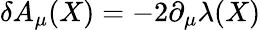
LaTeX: \delta A_{\mu}(X)=-2\partial_{\mu}\lambda(X)